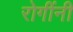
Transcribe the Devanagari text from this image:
रोगींनी